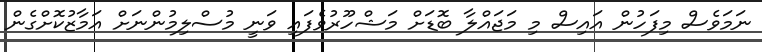
ނަމަވެސް މިފަހުން އައިސް މި މަޖައްލާ ބޮޑަށް މަޝްހޫރުވެފައި ވަނީ މުސްލިމުންނަށް އަމާޒުކޮށްގެން